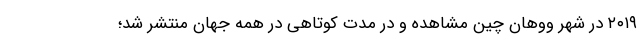
۲۰۱۹ در شهر ووهان چین مشاهده و در مدت کوتاهی در همه جهان منتشر شد؛